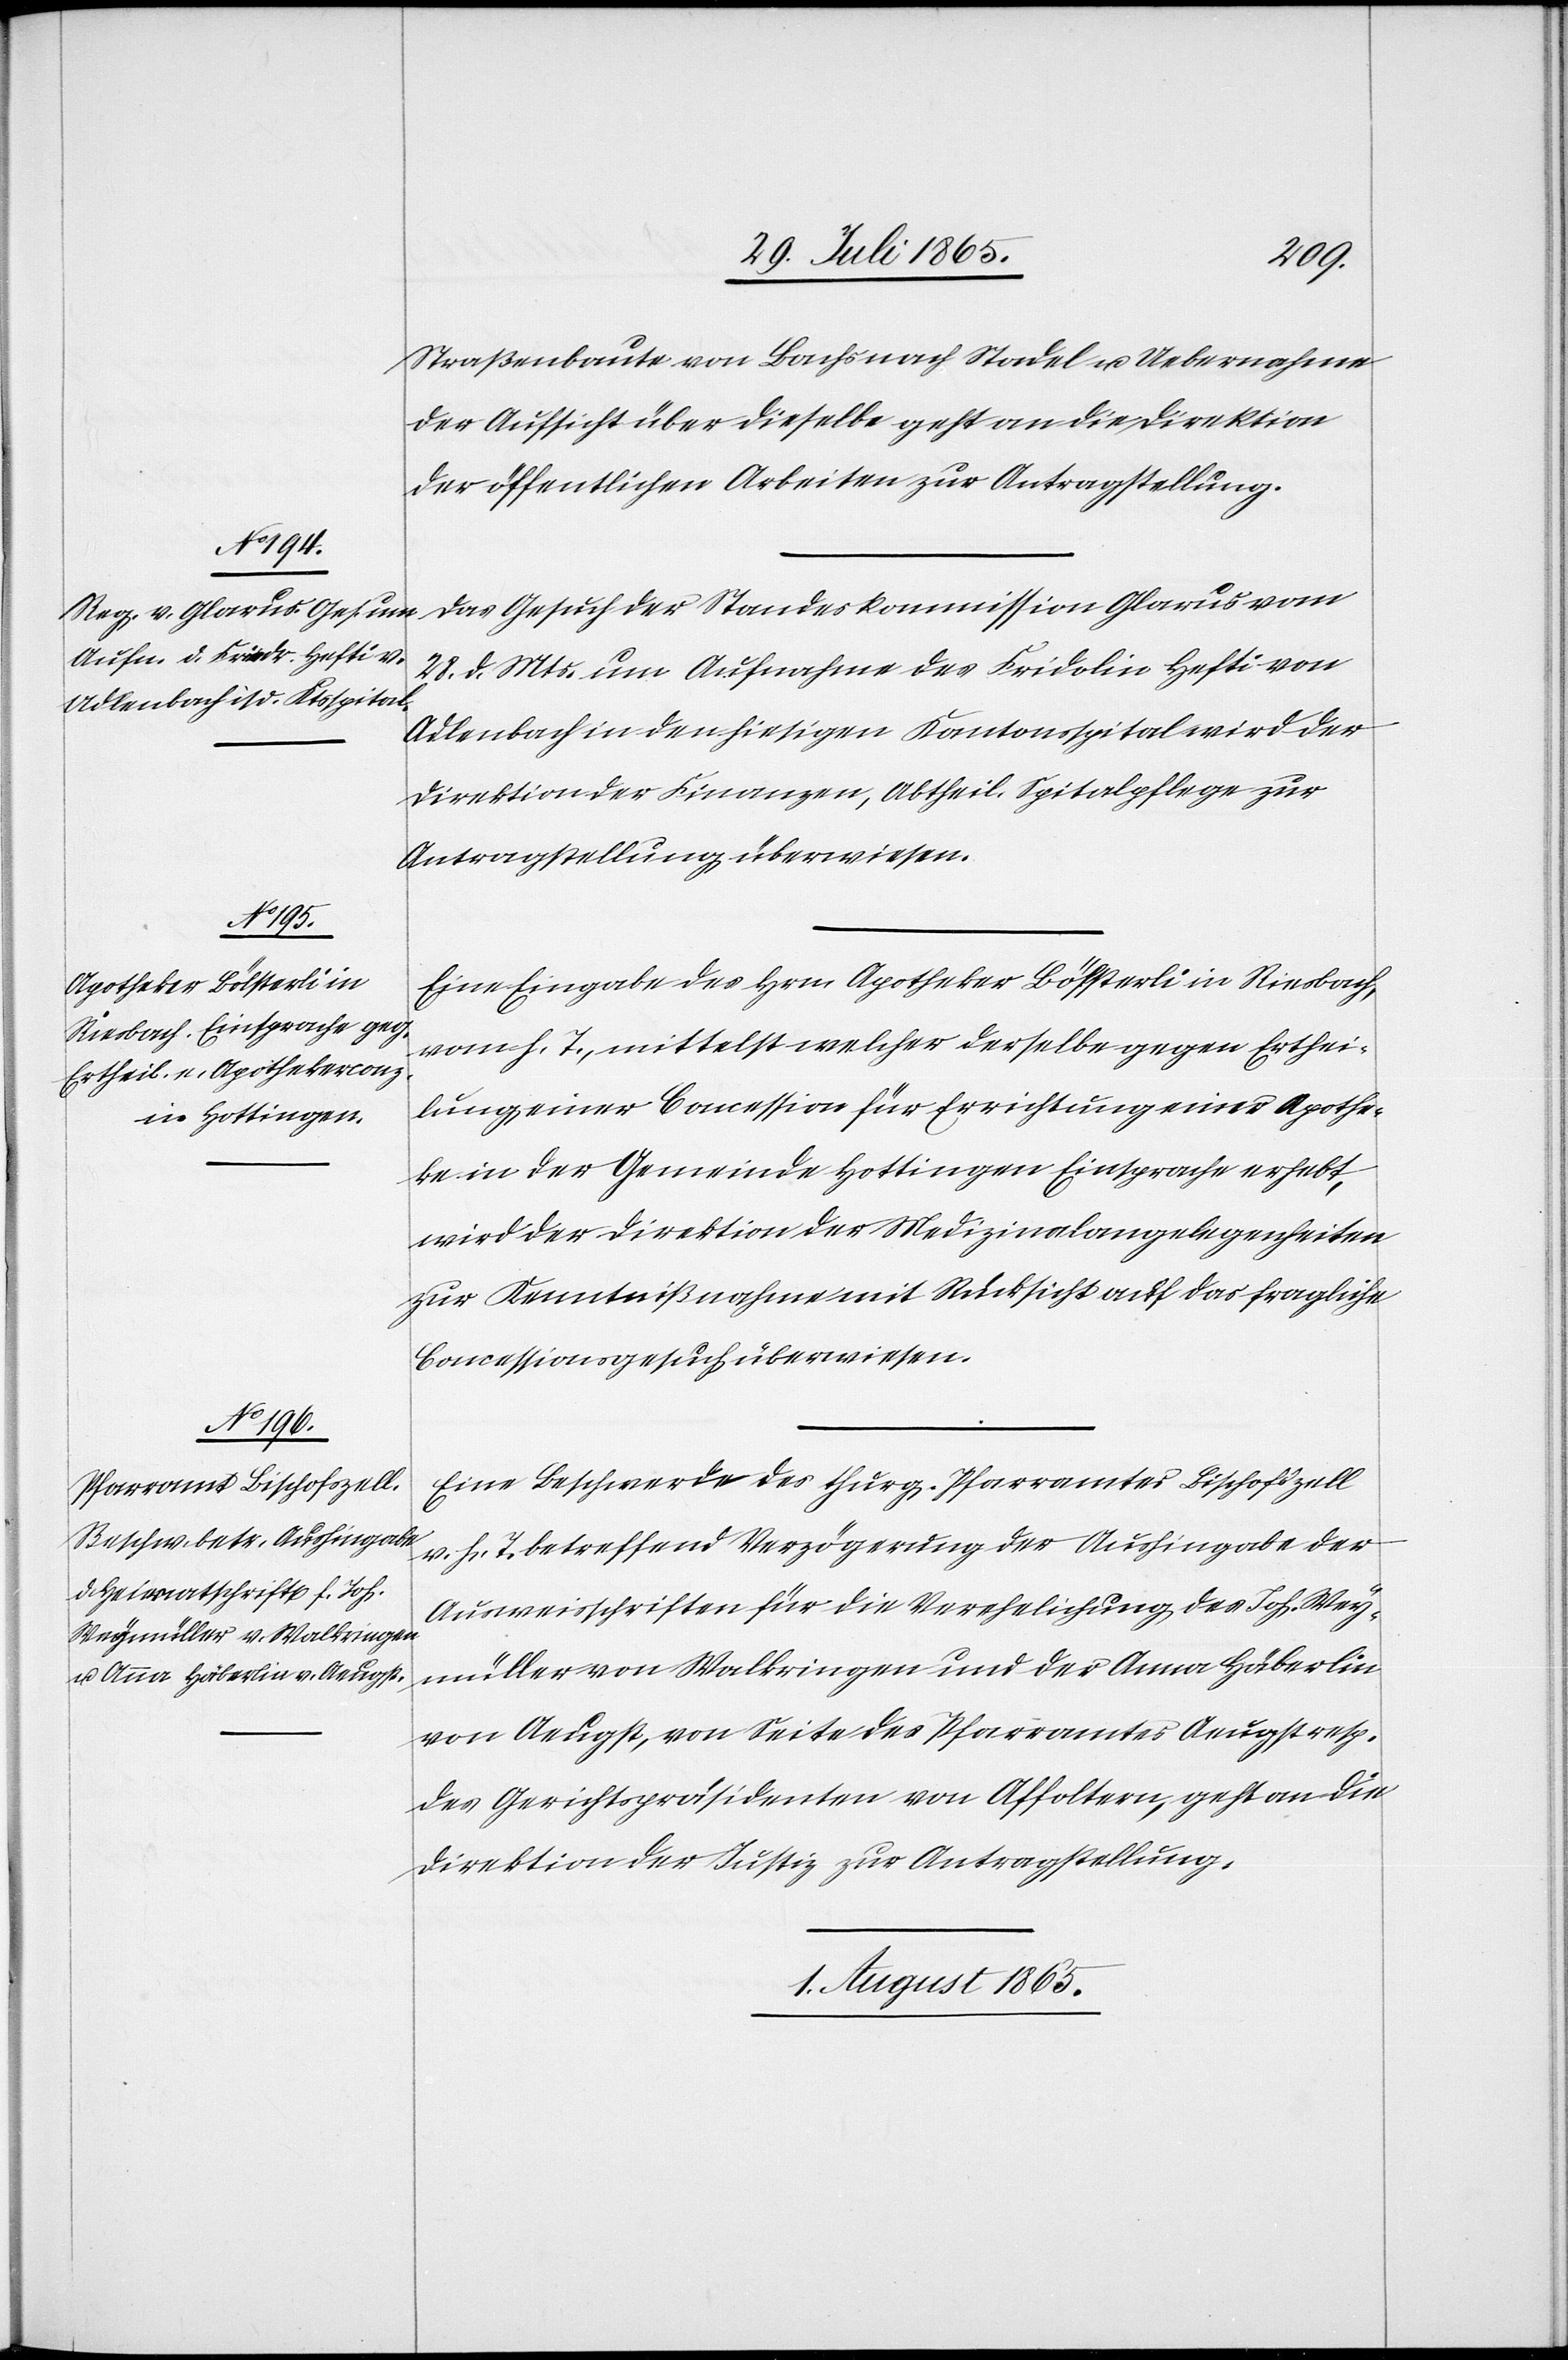
31. Juli 1865.]
Straßenbaute von Bachs nach Stadel u. Uebernahme
der Aufsicht über dieselbe geht an die Direktion
der öffentlichen Arbeiten zur Antragstellung.
Das Gesuch der Standeskommission Glarus vom
28. d. Mts. um Aufnahme des Fridolin [sic!] Hefti von
Adlenbach in den hiesigen Kantonsspital wird der
Direktion der Finanzen, Abtheil. Spitalpflege zur
Antragstellung überwiesen.
Eine Eingabe des Hrn. Apotheker Bölsterli in Riesbach,
vom h. T., mittelst welcher derselbe gegen Erthei¬
lung einer Concession für Errichtung einer Apothe¬
ke in der Gemeinde Hottingen Einsprache erhebt,
wird der Direktion der Medizinalangelegenheiten
zur Kenntnißnahme mit Rücksicht auf das fragliche
Concessionsgesuch überwiesen.
Eine Beschwerde des thurg. Pfarramtes Bischofszell
v. h. T. betreffend Verzögerung der Aushingabe der
Ausweisschriften für die Verehelichung des Joh. Wey¬
müller von Walkringen und der Anna Häberlin
von Aeugst, von Seite des Pfarramtes Aeugst resp.
des Gerichtspräsidenten von Affoltern, geht an die
Direktion der Justiz zur Antragstellung.
1. August 1865.